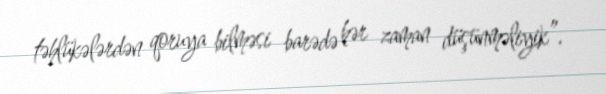
təhlükələrdən qoruya bilməsi barədə hər zaman düşünməliyik”.